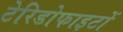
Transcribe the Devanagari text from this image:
टेरिडोफाइटों